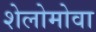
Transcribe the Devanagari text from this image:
शेलोमोवा